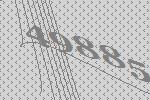
49885